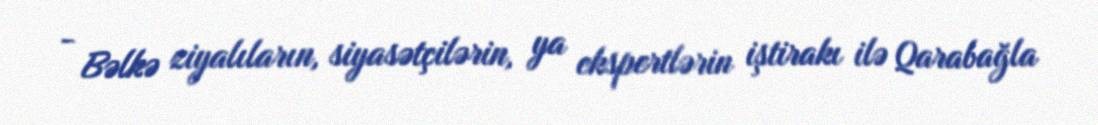
- Bəlkə ziyalıların, siyasətçilərin, ya ekspertlərin iştirakı ilə Qarabağla